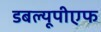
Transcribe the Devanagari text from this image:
डबल्यूपीएफ